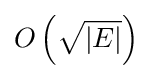
O\left({\sqrt {\left|E\right|}}\right)